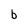
Character: b